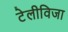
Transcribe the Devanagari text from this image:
टेलीविजा